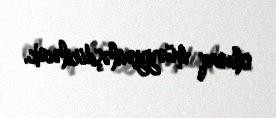
olaraq müəyyənləşdiriləcək.